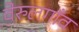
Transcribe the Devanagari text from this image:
वेरुलगाँव